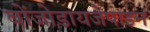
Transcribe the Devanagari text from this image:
बोंजोडायजेपाइन